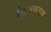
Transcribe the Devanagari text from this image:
इंतामणराव